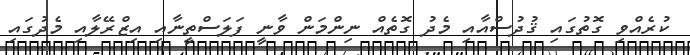
ކުރެއްވި ގޮތުގައި ޤުދުސްއާއި މެދު ގޮތެއް ނިންމަން ވާނީ ފަލަސްތީނާއި އިޒްރޭލާއި މެދުގައި